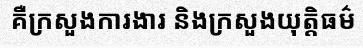
គឺក្រសួងការងារ និងក្រសួងយុត្តិធម៌